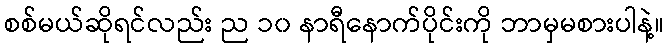
စစ်မယ်ဆိုရင်လည်း ည ၁၀ နာရီနောက်ပိုင်းကို ဘာမှမစားပါနဲ့။